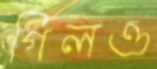
গিলও